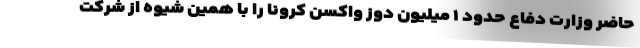
حاضر وزارت دفاع حدود ۱ میلیون دوز واکسن کرونا را با همین شیوه از شرکت